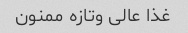
غذا عالی وتازه ممنون